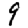
Digit: 9